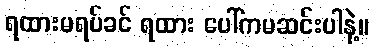
ရထားမရပ်ခင် ရထား ပေါ်ကမဆင်းပါနဲ့။